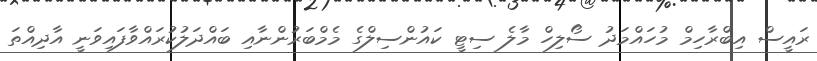
ރައީސް އިބްރާހިމް މުހައްމަދު ސޯލިހް މާލެ ސިޓީ ކައުންސިލްގެ މެމްބަރުންނާއި ބައްދަލުކުރައްވާފައިވަނީ އާދިއްތަ